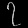
Digit: ၇